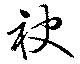
袂